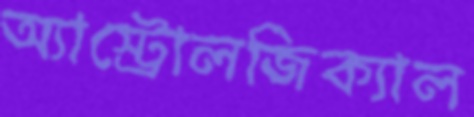
অ্যাস্ট্রোলজিক্যাল